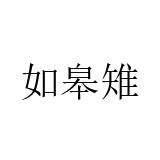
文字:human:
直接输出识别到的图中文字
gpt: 如皋雉